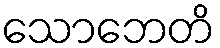
သောဘေတိ